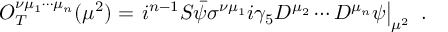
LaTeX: O _ { T } ^ { \nu \mu _ { 1 } \cdots \mu _ { n } } ( \mu ^ { 2 } ) = \left. i ^ { n - 1 } { \cal S } \bar { \psi } \sigma ^ { \nu \mu _ { 1 } } i \gamma _ { 5 } D ^ { \mu _ { 2 } } \cdots D ^ { \mu _ { n } } \psi \right| _ { \mu ^ { 2 } } \ .